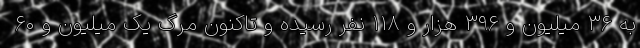
به ۳۶ میلیون و ۳۹۶ هزار و ۱۱۸ نفر رسیده و تاکنون مرگ یک میلیون و ۶۰